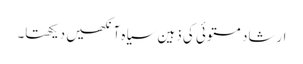
ارشاد مستوئی کی ذہین سیاہ آنکھیں دیکھتا۔